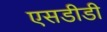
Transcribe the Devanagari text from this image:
एसडीडी